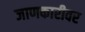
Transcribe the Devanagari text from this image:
जाणकारीवर